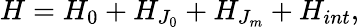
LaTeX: H=H_{0}+H_{J_{0}}+H_{J_{m}}+H_{int},